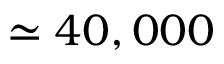
\simeq 4 0 , 0 0 0